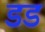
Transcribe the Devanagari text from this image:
डड